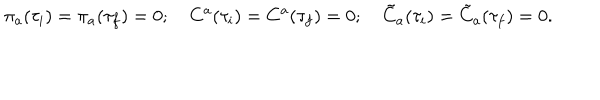
\pi _ { a } ( \tau _ { i } ) = \pi _ { a } ( \tau _ { f } ) = 0 ; \quad C ^ { a } ( \tau _ { i } ) = C ^ { a } ( \tau _ { f } ) = 0 ; \quad \tilde { C } _ { a } ( \tau _ { i } ) = \tilde { C } _ { a } ( \tau _ { f } ) = 0 .